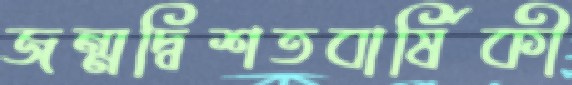
জন্মদ্বিশতবার্ষিকী